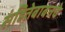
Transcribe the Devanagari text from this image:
संहितेबाबतचे